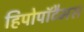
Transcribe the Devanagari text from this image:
हिपोपॉटैमस